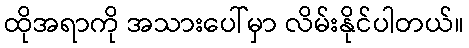
ထိုအရာကို အသားပေါ်မှာ လိမ်းနိုင်ပါတယ်။